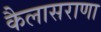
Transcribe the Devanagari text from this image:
कैलासराणा